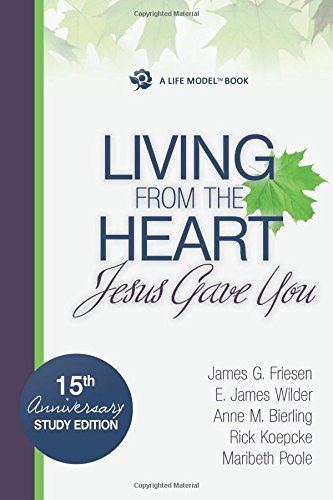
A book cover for Living From The Heart Jesus Gave You; E. James Wilder; Religion & Spirituality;